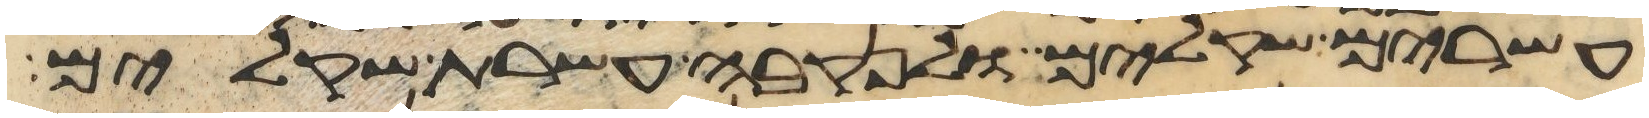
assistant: עשרים שקלים ולנקבה עשרת שקלים